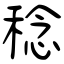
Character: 稔